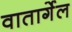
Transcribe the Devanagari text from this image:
वातार्गेल